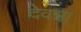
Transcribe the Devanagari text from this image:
देवन्ना